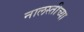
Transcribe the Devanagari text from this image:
नालस्तीच्या